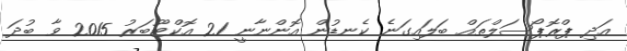
އަދި ޕްރޮޕޯސަލްތައް ބަލައިގަނެ ކެނޑުން އޮންނާނީ 21 އޮކްޓޫބަރު 2015 ވާ ބުދަ